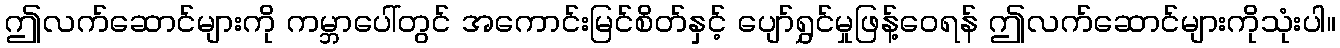
ဤလက်ဆောင်များကို ကမ္ဘာပေါ်တွင် အကောင်းမြင်စိတ်နှင့် ပျော်ရွှင်မှုဖြန့်ဝေရန် ဤလက်ဆောင်များကိုသုံးပါ။